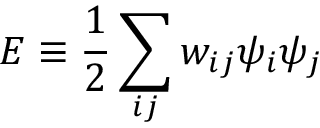
E \equiv \frac { 1 } { 2 } \sum _ { i j } w _ { i j } \psi _ { i } \psi _ { j }